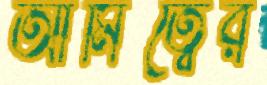
আমিত্বের